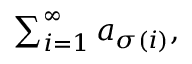
\textstyle \sum _ { i = 1 } ^ { \infty } a _ { \sigma ( i ) } ,